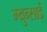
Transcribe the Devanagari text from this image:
म्युन्साई